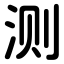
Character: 测